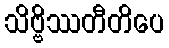
သိဗ္ဗိဿတီတိပေ